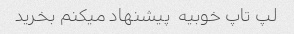
لپ تاپ خوبیه  پیشنهاد میکنم بخرید